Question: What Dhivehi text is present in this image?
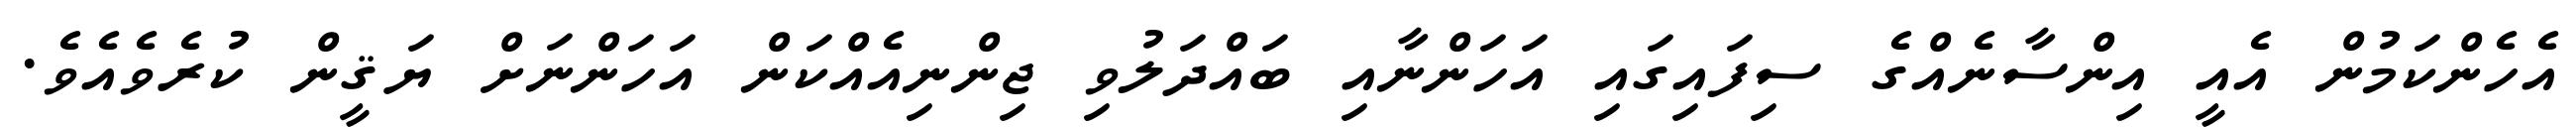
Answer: އެހެންކަމުން އެއީ އިންސާނެއްގެ ސިފައިގައި އަހަންނާއި ބައްދަލުވި ޖިންނިއެއްކަން އަހަންނަށް ޔަޤީން ކުރެވެއެވެ.